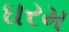
ઘરમ